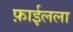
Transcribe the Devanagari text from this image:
फ़ाईलला